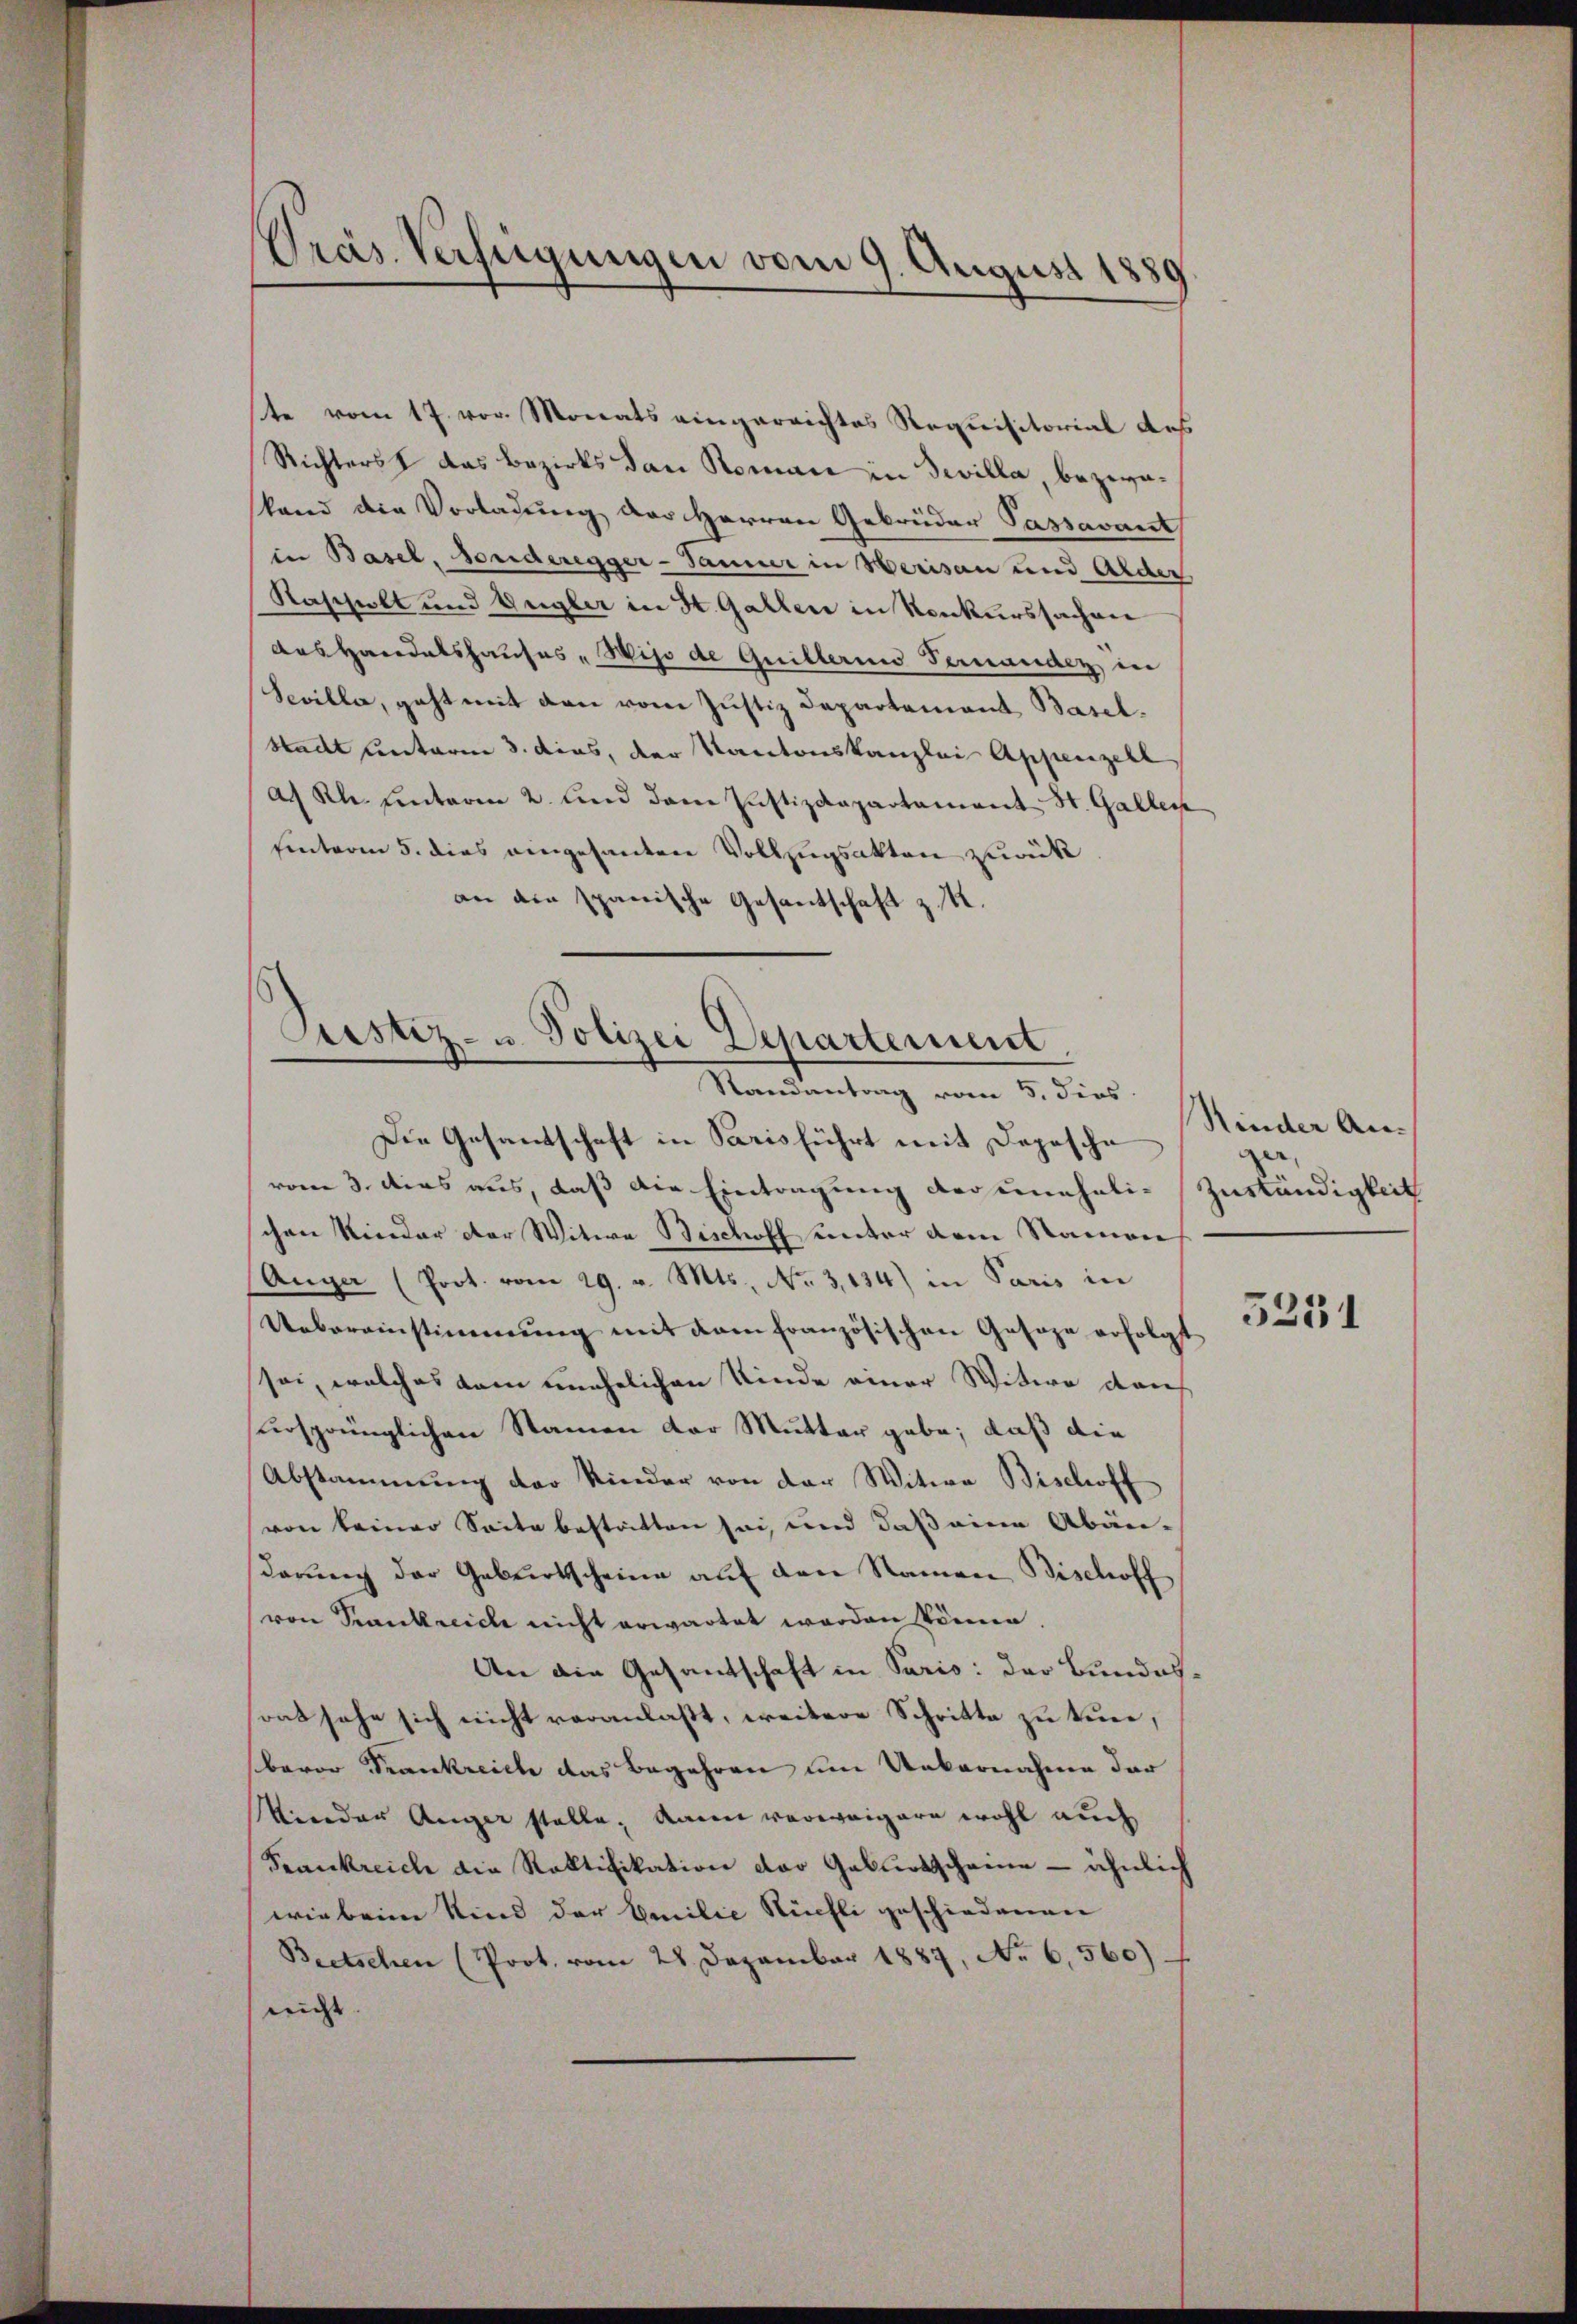
Präs. Verfügungen vom 9. August 1881

ste vom 17. vor. Monats eingerrichtes Requisitorial des
Richterst das Bezirks dan Roman in eilla, bezwaland die Vorladung der Herren Gebrüder Passavant
in Basel, sonderegger-Tanner in Herisau und Alder
Rascholt und Ungler in St. Gallen in Konkurssachen
Aas Handatshauses „Wijo de Guillerino Pernanden in
Sevilla, geht mit den vom Justiz Departement Basel¬
Stadt unterm 3. dies, der Kantonskanzlei Appenzell
a. Rh. Lentaren 2. Und dann Justizdepartament St. Gallen
hinterm 5. dies eingesanten Vollzugsakten zurück
an die spanische Gesantschaft z. K.

Justiz- u. Polizei Departement
Randantrag vom 5. dies

Die Gesandschaft in Parisführt mit Depesche
vom 3. dies aus, daß die Eintragung der uneheli-
chen Kinder der Witwe Bischoff unter dem Namen
Anger (Poot. vom 29. v. Mts., No 3,134) in Paris in
Uebereinstimmung mit dem französischen Gesage erfolgt
sei, welches dem unehelichen Kinde einer Witwe dan
ursprünglichen Namen der Mutter gebe, daß die
Abstammung der Kinder von der Witwe Bischoff
von keiner Seite bestatten sei, und daß eine Abänderung der Geburtscheine auf den Namen Bischoff
von Krankreich nicht erwartet worden könne.
An die Gesantschaft in Paris: der Bundesrat sehe sich nicht veranlaßt, weitere Schritte zu tuer,
baror Frankreich das Begehren um Uebernahme der
Verdar Anger stelle, kann verweigere wohl auch
Frankreich die Ratifikation der Geburtscheine ähnlich
wie beim Kind der Emilie Küchli geschiedenen
Beetschen (Prot. vom 28. Dezember 1887, No 6,560).
nicht.

Hinder An-
zurkundigkeit

5251